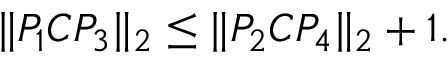
\| P _ { 1 } C P _ { 3 } \| _ { 2 } \le \| P _ { 2 } C P _ { 4 } \| _ { 2 } + 1 .